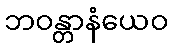
ဘဝန္တာနံယေဝ